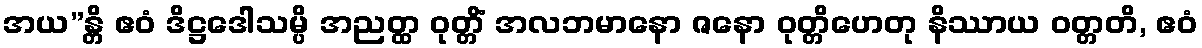
အယ”န္တိ ဧဝံ ဒိဋ္ဌဒေါသမ္ပိ အညတ္ထ ဝုတ္တိံ အလဘမာနော ဇနော ဝုတ္တိဟေတု နိဿာယ ဝတ္တတိ, ဧဝံ